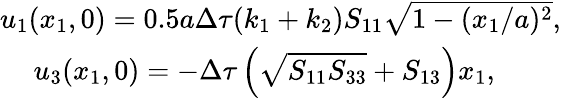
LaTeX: \begin{array}{r}{u_{1}(x_{1},0)=0.5a\Delta\tau(k_{1}+k_{2})S_{11}\sqrt{1-(x_{1}/a)^{2}},}\\ {u_{3}(x_{1},0)=-\Delta\tau\left(\sqrt{S_{11}S_{33}}+S_{13}\right)x_{1},\qquad\, \, }\end{array}